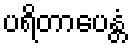
ပရိတာပေန္တံ